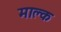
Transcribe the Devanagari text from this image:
माक्ल